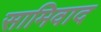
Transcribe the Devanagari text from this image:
सामिवाद